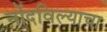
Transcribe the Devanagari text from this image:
नोंदविल्याचा